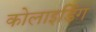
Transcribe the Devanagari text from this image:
कोलाइडिंग